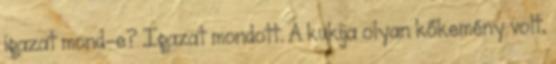
igazat mond-e? Igazat mondott. A kukija olyan kőkemény volt,